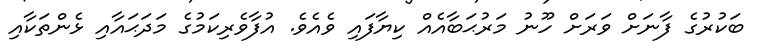
ބަކުރުގެ ފާނަށް ވަރަށް ހޫނު މަރުޙަބާއެއް ކިޔާފައި ވެއެވެ. އުފާވެރިކަމުގެ މަދަޙައާއި ޅެންތަކާއި